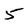
Character: 5